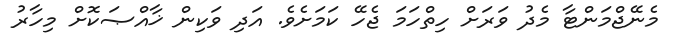
މެނޭޖްމަންޓާ މެދު ވަރަށް ހިތްހަމަ ޖެހޭ ކަމަށެވެ. އަދި ވަކިން ޚާއްޞަކޮށް މިހާރު